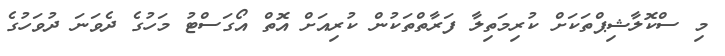
މި ސްކޮލާޝިޕްތަކަށް ކުރިމަތިލާ ފަރާތްތަކުން ކުރިއަށް އޮތް އޯގަސްޓު މަހުގެ ދެވަނަ ދުވަހުގެ